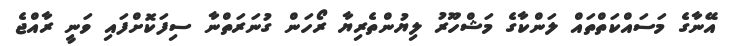
އޭނާގެ މަސައްކަތްތައް ލަންކާގެ މަޝްހޫރު ލިޔުންތެރިޔާ ރޯހަން ގުނަރަތްނާ ސިފަކޮށްފައި ވަނީ ރާއްޖެ